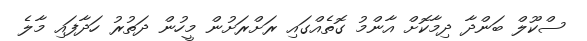
ސްކޫލް ބަންދާ ދިމާކޮށް އާންމު ގޮތެއްގައި ރަށްރަށުން މީހުން ދަތުރު ހަދާފައި މާލެ